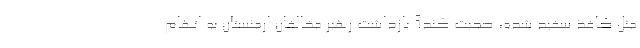
مثل کاغذ سفید شده، صحبت کند؟ بازداشت رهبر مخالفان ارمنستان به اتهام